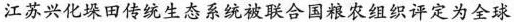
江苏兴化垛田传统生态系统被联合国粮农组织评定为全球